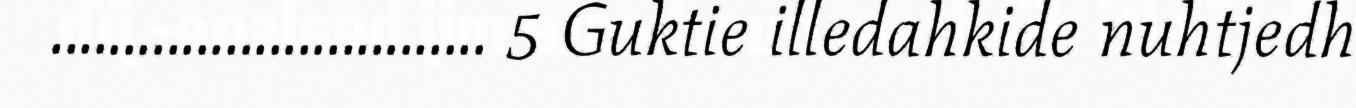
.............................. 5 Guktie illedahkide nuhtjedh